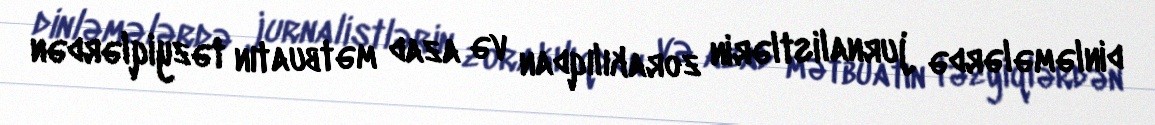
dinləmələrdə jurnalistlərin zorakılıqdan və azad mətbuatın təzyiqlərdən